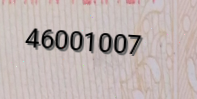
46001007